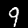
Label: 9